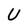
Character: U